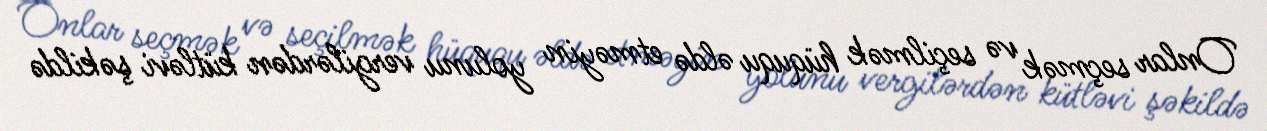
Onlar seçmək və seçilmək hüququ əldə etməyin yolunu vergilərdən kütləvi şəkildə